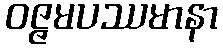
ဝဇ္ဇမပဿမာနာ